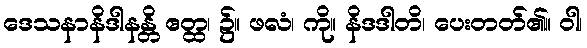
ဒေသနာနိဒါနန္တိ ဧတ္ထ၊ ၌။ ဖလံ၊ ကို။ နိဒဒါတိ၊ ပေးတတ်၏။ ဝါ၊